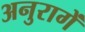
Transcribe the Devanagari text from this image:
अनुरागें